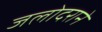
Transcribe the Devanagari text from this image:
जलोदराने